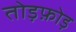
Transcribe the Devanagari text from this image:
तोड़फ़ोड़